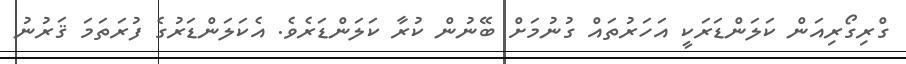
ގްރިގޯރިއަން ކަލަންޑަރަކީ އަހަރުތައް ގުނުމަށް ބޭނުން ކުރާ ކަލަންޑަރެވެ. އެކަލަންޑަރުގެ ފުރަތަމަ ޤަރުނު